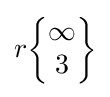
r{\begin{Bmatrix}\infty \\3\end{Bmatrix}}